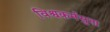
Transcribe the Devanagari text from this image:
विश्वकर्मसुता